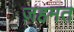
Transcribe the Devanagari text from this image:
ज़हमत